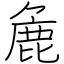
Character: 麁